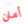
أمان